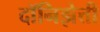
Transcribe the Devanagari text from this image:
दॉनिझेत्ती